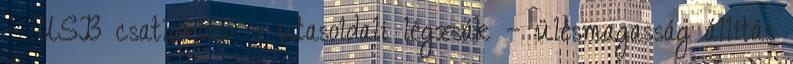
– USB csatlakozó – utasoldali légzsák – ülésmagasság állítás